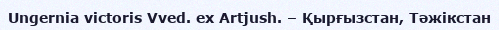
Ungernia victoris Vved. ex Artjush. – Қырғызстан, Тәжікстан